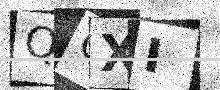
Text: QCXI